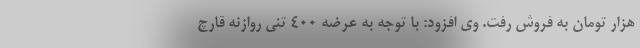
هزار تومان به فروش رفت. وی افزود: با توجه به عرضه 400 تنی روازنه قارچ